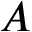
A